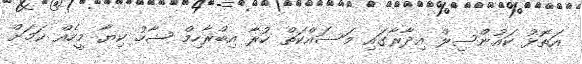
އަތޮޅު ކައުންސިލް އިދާރާގައި މަސައްކަތް ކުރާ އިބްރާހިމް ޝާހު ކިޔާ މީހެއް ކަމަށް